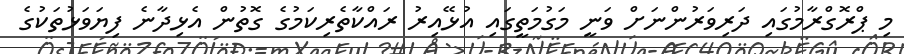
މި ޕްރޮގްރާމުގައި ދަރިވަރުންނަށް ވަނީ މަގުމަތީގައި އުޅޭއިރު ރައްކާތެރިކަމުގެ ގޮތުން އެޅިދާނެ ފިޔަވަޅުތަކުގެ